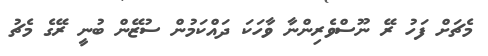
މެޗަށް ފަހު ރޭ ނޫސްވެރިންނާ ވާހަކަ ދައްކަމުން ސުޒޭން ބުނީ ރޭގެ މެޗު